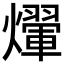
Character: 𤑱